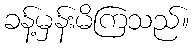
ခန့်မှန်းမိကြသည်။